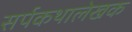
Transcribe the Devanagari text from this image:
सर्पकथालेखक